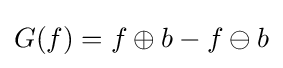
G(f)=f\oplus b-f\ominus b